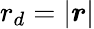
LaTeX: r_{d}=|\boldsymbol{r}|